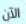
الآن